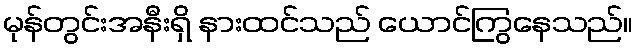
မုန်တွင်းအနီးရှိ နားထင်သည် ယောင်ကြွနေသည်။